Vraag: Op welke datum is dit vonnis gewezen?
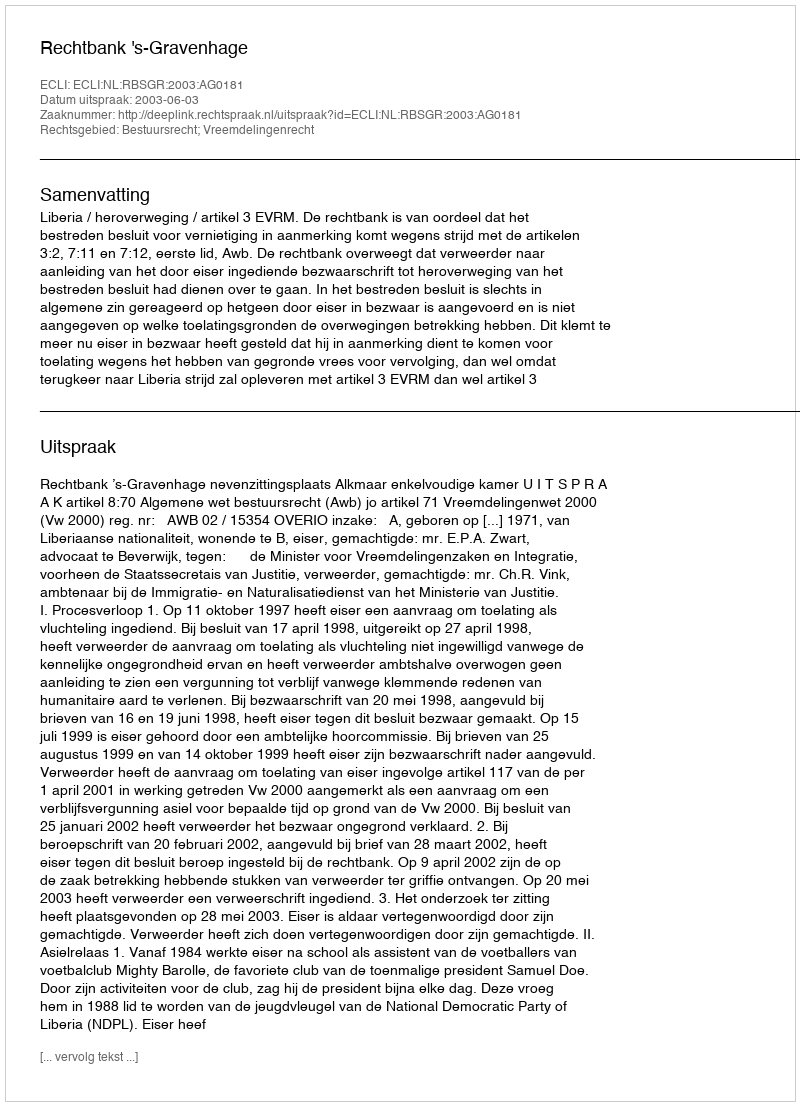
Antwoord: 2003-06-03